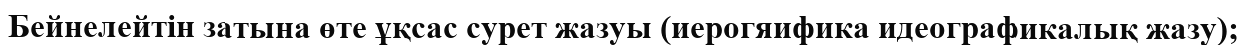
Бейнелейтін затына өте ұқсас сурет жазуы (иерогяифика идеографикалық жазу);